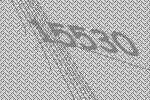
15530